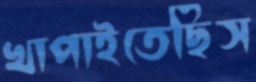
খাপাইতেছিস